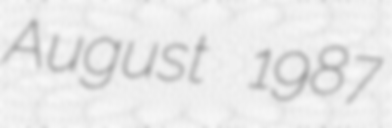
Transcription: August 1987